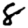
Digit: 8